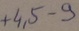
Text: +4,5-9